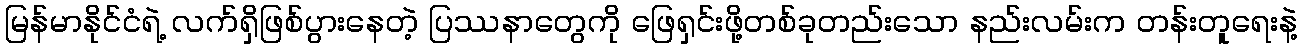
မြန်မာနိုင်ငံရဲ့ လက်ရှိဖြစ်ပွားနေတဲ့ ပြဿနာတွေကို ဖြေရှင်းဖို့တစ်ခုတည်းသော နည်းလမ်းက တန်းတူရေးနဲ့